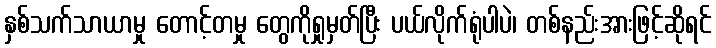
နှစ်သက်သာယာမှု တောင့်တမှု တွေကိုရှုမှတ်ပြီး ပယ်လိုက်ရုံပါပဲ၊ တစ်နည်းအားဖြင့်ဆိုရင်